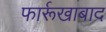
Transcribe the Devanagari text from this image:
फार्रूखाबाद